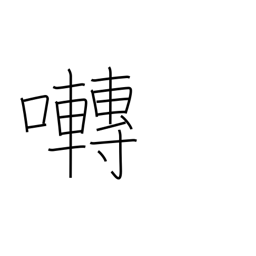
Meaning: chirp